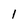
Character: 1